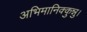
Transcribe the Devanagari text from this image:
अभिमानिक्कुन्नु।